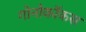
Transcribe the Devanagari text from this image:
गोनोकॉकस